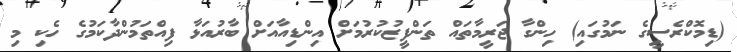
(ޑިމޮކްރެސީގެ ނަމުގައި) ހިންގާ ޖަރީމާތައް ތަންފީޒުކުރުމަށް އިންޑިއާއަށް ބާރުއަޅާ ފިއްތަމުންދާކަމުގެ ހެކި މި